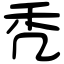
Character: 秃